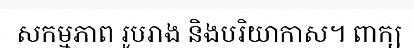
សកម្មភាព រូបរាង និងបរិយាកាស។ ពាក្យ